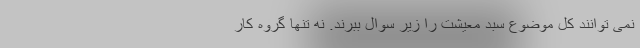
نمی توانند کل موضوع سبد معیشت را زیر سوال ببرند. نه تنها گروه کار